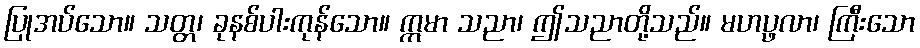
ပြုအပ်သော။ သတ္တ၊ ခုနစ်ပါးကုန်သော။ ဣမာ သညာ၊ ဤသညာတို့သည်။ မဟပ္ဖလာ၊ ကြီးသော